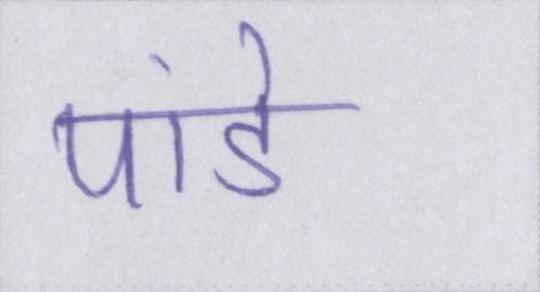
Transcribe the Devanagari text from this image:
पांडे